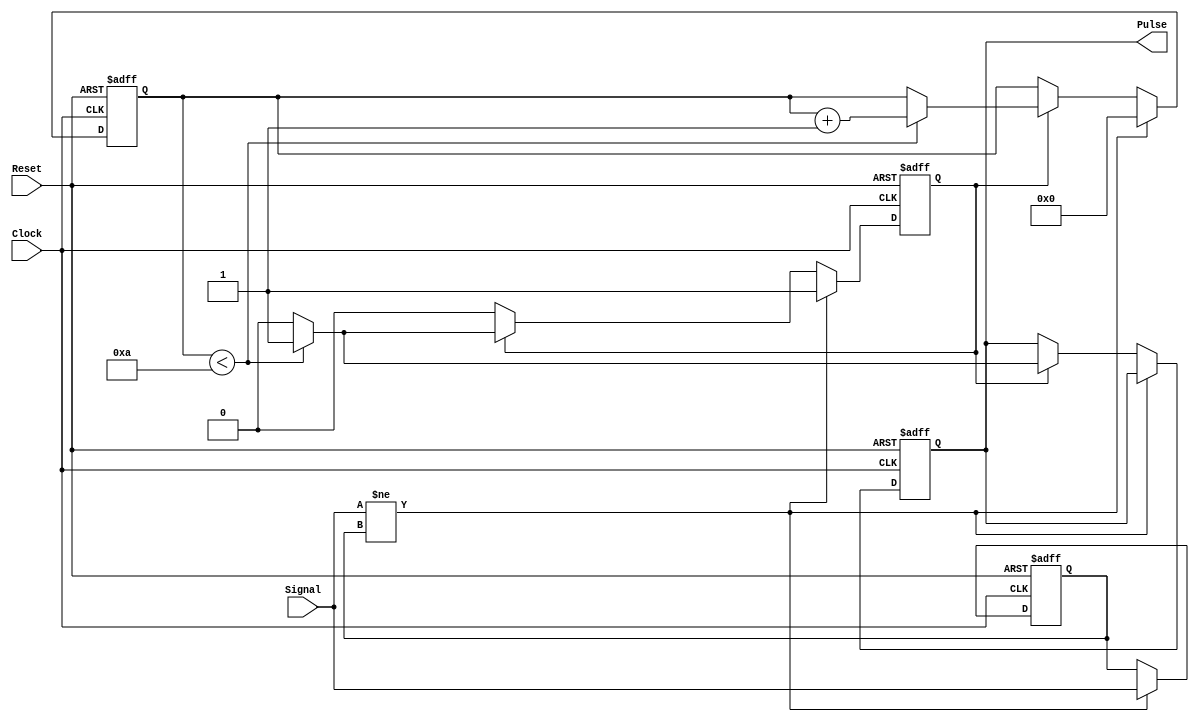
module MonostableEdgeDetector (
    input wire Signal,         // Input signal to detect edges
    input wire Clock,         // Clock signal
    input wire Reset,         // Reset signal
    output reg Pulse          // Output pulse
);

    // Parameters to define the pulse width
    parameter PULSE_WIDTH = 10; // Adjust this value for desired pulse width

    // Internal signals
    reg prev_signal;           // To store the previous state of the input signal
    reg [3:0] pulse_counter;   // Counter for pulse width timing
    reg edge_detected;         // Flag to indicate edge detected

    // State machine for edge detection and pulse generation
    always @(posedge Clock or posedge Reset) begin
        if (Reset) begin
            prev_signal <= 0;
            Pulse <= 0;
            pulse_counter <= 0;
            edge_detected <= 0; 
        end else begin
            // Edge detection logic
            if (Signal != prev_signal) begin
                edge_detected <= 1; // Edge has been detected
                prev_signal <= Signal; // Update previous signal state
                pulse_counter <= 0; // Reset pulse counter
            end else if (edge_detected) begin
                // Timing logic for pulse generation
                if (pulse_counter < PULSE_WIDTH) begin
                    pulse_counter <= pulse_counter + 1; // Increment counter
                    Pulse <= 1; // Keep Pulse high during the counter
                end else begin
                    Pulse <= 0; // Return Pulse to low after pulse width
                    edge_detected <= 0; // Reset edge detected flag
                end
            end
        end
    end

endmodule